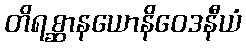
တိရစ္ဆာနယောနိဝေဒနီယံ